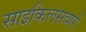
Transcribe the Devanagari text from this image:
साइकिलसवारों